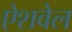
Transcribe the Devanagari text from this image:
ऐशवेल